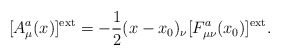
\begin{align*}[A_\mu^a(x)]^{\rm ext}=-\frac{1}{2}(x-x_0)_\nu[F^a_{\mu\nu}(x_0)]^{\rm ext}.\end{align*}